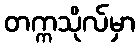
တက္ကသိုလ်မှာ